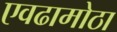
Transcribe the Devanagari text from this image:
एवढामोठा